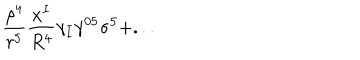
\frac { \rho ^ { 4 } } { r ^ { 5 } } \frac { x ^ { I } } { R ^ { 4 } } \gamma _ { I } \gamma ^ { 0 5 } \sigma ^ { 5 } + . . .